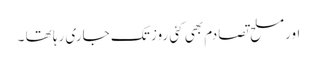
اورمسلح تصادم بھی کئی روز تک جاری رہا تھا ۔